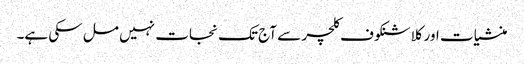
منشیات اور کلاشنکوف کلچر سے آج تک نجات نہیں مل سکی ہے۔